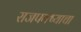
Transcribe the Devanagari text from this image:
राजपक्ष्याचा